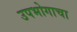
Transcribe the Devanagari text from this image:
उपभोगाचा